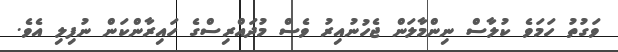
ވަގުތު ހަމަވެ ކުލާސް ނިންމާލަން ޖެހުނުއިރު ވެސް މުދައްރިސްގެ ހައިރާންކަން ނުފިލި އެވެ.